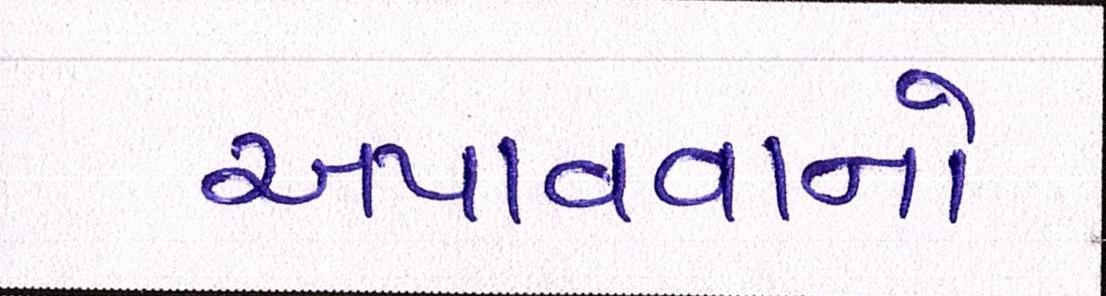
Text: અપાવવાનો